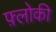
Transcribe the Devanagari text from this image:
फ़्लोकी